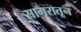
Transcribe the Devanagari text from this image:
सागरातून